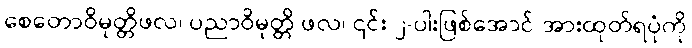
စေတောဝိမုတ္တိဖလ၊ ပညာဝိမုတ္တိ ဖလ၊ ၎င်း ၂-ပါးဖြစ်အောင် အားထုတ်ရပုံကို